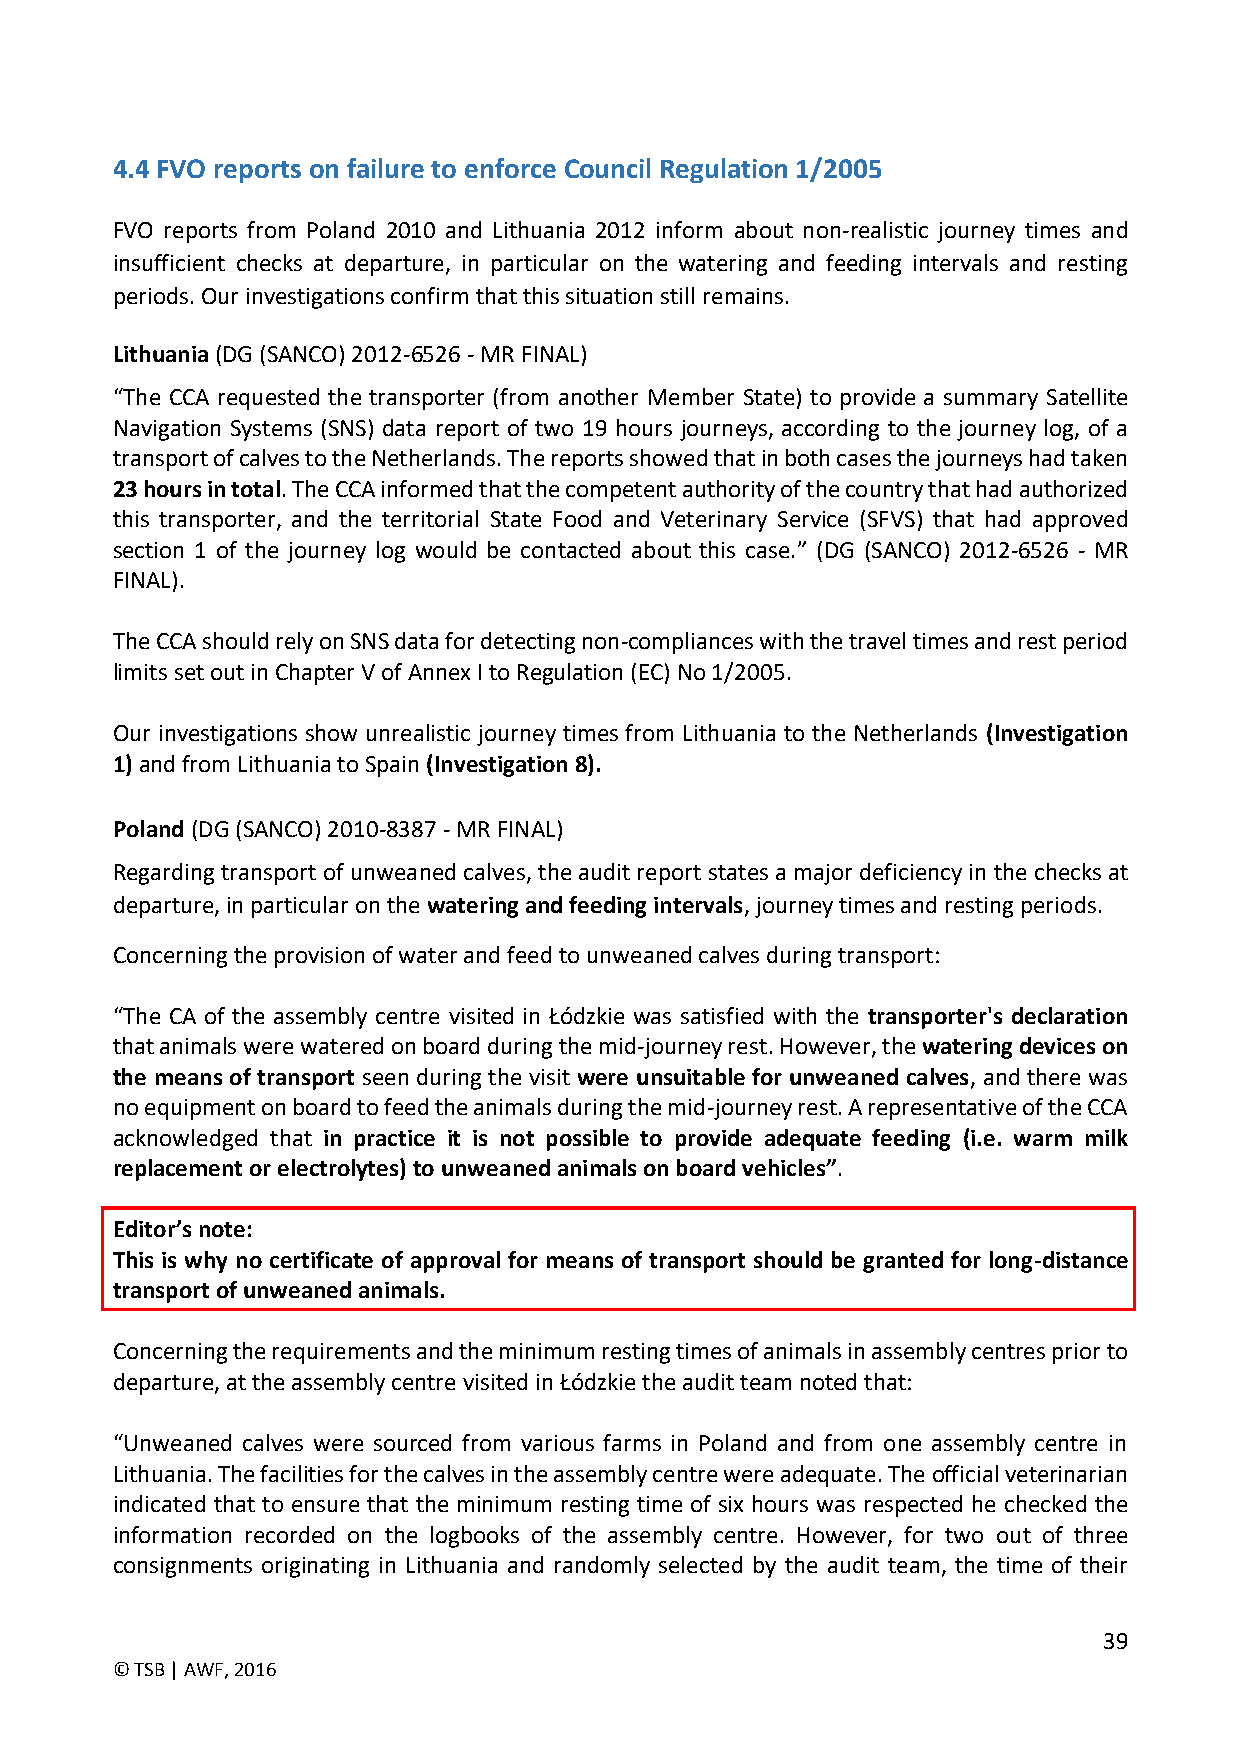
4.4 FVO reports on failure to enforce Council Regulation 1/2005
 FVO reports from Poland 2010 and Lithuania 2012 inform about non-realistic journey times and
 insufficient checks at departure, in particular on the watering and feeding intervals and resting
 periods. Our investigations confirm that this situation still remains.
 Lithuania (DG (SANCO) 2012-6526 - MR FINAL)
 “The CCA requested the transporter (from another Member State) to provide a summary Satellite
 Navigation Systems (SNS) data report of two 19 hours journeys, according to the journey log, of a
 transport of calves to the Netherlands. The reports showed that in both cases the journeys had taken
 23 hours in total. The CCA informed that the competent authority of the country that had authorized
 this transporter, and the territorial State Food and Veterinary Service (SFVS) that had approved
 section 1 of the journey log would be contacted about this case.” (DG (SANCO) 2012-6526 - MR
 FINAL).
 The CCA should rely on SNS data for detecting non-compliances with the travel times and rest period
 limits set out in Chapter V of Annex I to Regulation (EC) No 1/2005.
 Our investigations show unrealistic journey times from Lithuania to the Netherlands (Investigation
 1) and from Lithuania to Spain (Investigation 8).
 Poland (DG (SANCO) 2010-8387 - MR FINAL)
 Regarding transport of unweaned calves, the audit report states a major deficiency in the checks at
 departure, in particular on the watering and feeding intervals, journey times and resting periods.
 Concerning the provision of water and feed to unweaned calves during transport:
 “The CA of the assembly centre visited in Łódzkie was satisfied with the transporter's declaration
 that animals were watered on board during the mid-journey rest. However, the watering devices on
 the means of transport seen during the visit were unsuitable for unweaned calves, and there was
 no equipment on board to feed the animals during the mid-journey rest. A representative of the CCA
 acknowledged that in practice it is not possible to provide adequate feeding (i.e. warm milk
 replacement or electrolytes) to unweaned animals on board vehicles”.
 Editor’s note:
 This is why no certificate of approval for means of transport should be granted for long-distance
 transport of unweaned animals.
 Concerning the requirements and the minimum resting times of animals in assembly centres prior to
 departure, at the assembly centre visited in Łódzkie the audit team noted that:
 “Unweaned calves were sourced from various farms in Poland and from one assembly centre in
 Lithuania. The facilities for the calves in the assembly centre were adequate. The official veterinarian
 indicated that to ensure that the minimum resting time of six hours was respected he checked the
 information recorded on the logbooks of the assembly centre. However, for two out of three
 consignments originating in Lithuania and randomly selected by the audit team, the time of their
 39
 © TSB | AWF, 2016